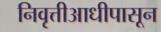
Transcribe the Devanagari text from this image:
निवृत्तीआधीपासून